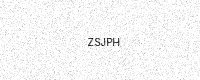
Text: ZSJPH